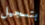
بتسجيل